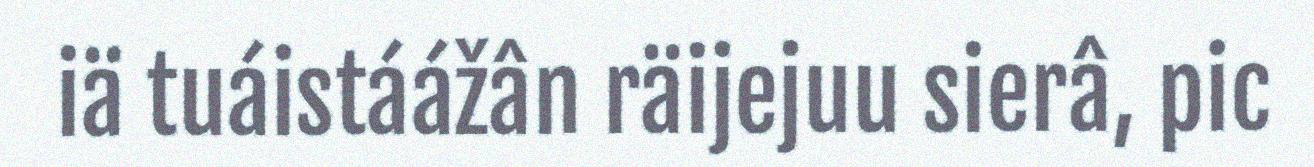
iä tuáistáážân räijejuu sierâ, pic